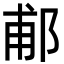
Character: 郙